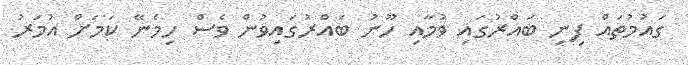
ގައުމުތައް ފިނި ބައްރުގައި ވުމާއި ހޫނު ބައްރުގައިވުން ވެސް ހިމެނޭ ކަމަށް އުމަރު